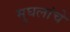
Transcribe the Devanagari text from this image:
मुघलांचे